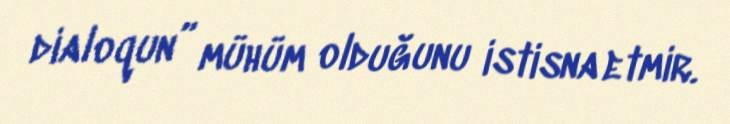
dialoqun” mühüm olduğunu istisna etmir.